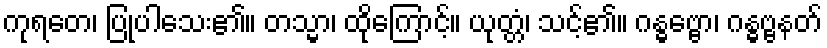
ကုရတေ၊ ပြုပါသေး၏။ တသ္မာ၊ ထိုကြောင့်။ ယုတ္တံ၊ သင့်၏။ ဂန္ဓဗ္ဗော၊ ဂန္ဓဗ္ဗနတ်